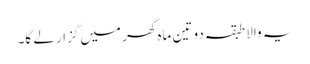
یہ والا طبقہ دو تین ماہ گھر میں گزار لے گا۔